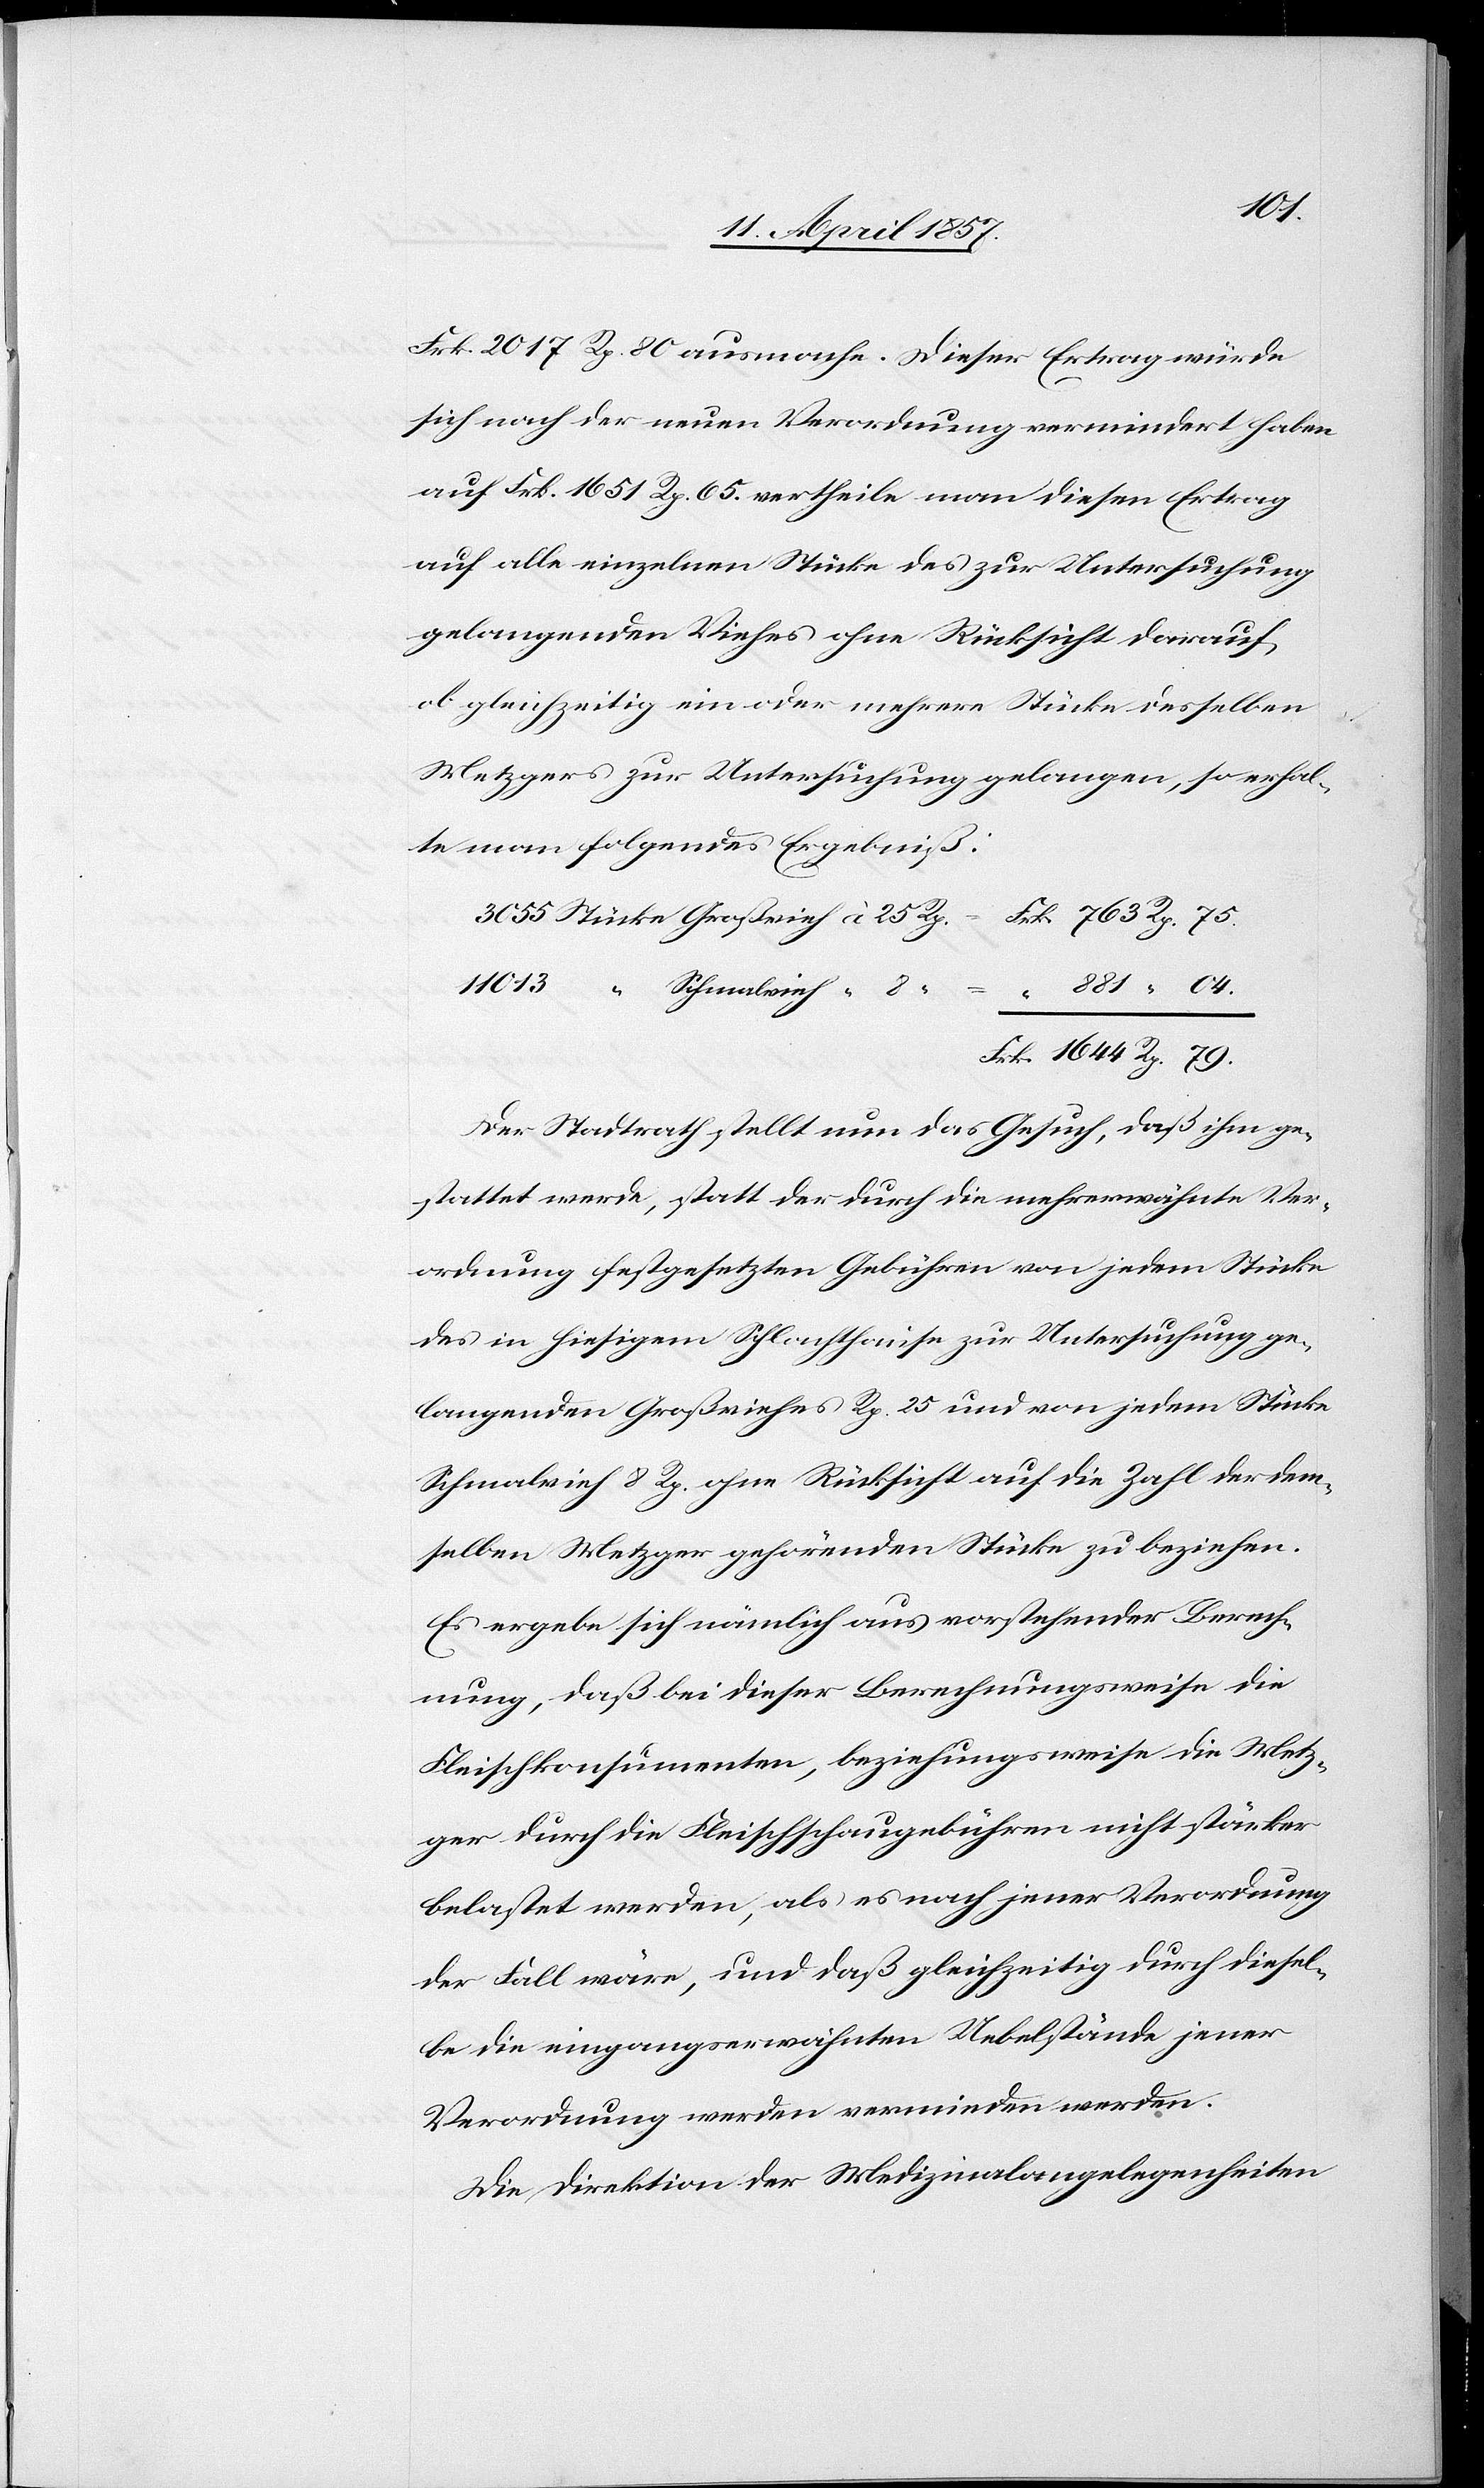
79.
Frk. 2017 Rp. 80 ausmache. Dieser Ertrag würde
sich nach der neuen Verordnung vermindert haben
auf Frk. 1651 Rp. 65. vertheile [sic!] man diesen Ertrag
auf alle einzelnen Stücke des zur Untersuchung
gelangenden Viehes ohne Rücksicht darauf,
ob gleichzeitig ein oder mehrere Stücke desselben
Metzgers zur Untersuchung gelangen, so erhal¬
te man folgendes Ergebniß:
Rp.
11 013
Der Stadtrath stellt nun das Gesuch, daß ihm ge¬
stattet werde, statt der durch die mehrerwähnte Ver¬
ordnung festgesetzten Gebühren von jedem Stücke
des in hiesigem Schlachthause zur Untersuchung ge¬
langenden Großviehes Rp. 25 und von jedem Stücke
Schmalvieh 8 Rp. ohne Rücksicht auf die Zahl der dem¬
selben Metzger gehörenden Stücke zu beziehen.
Es ergebe sich nämlich aus vorstehender Berech¬
nung, daß bei dieser Berechnungsweise die
Fleischkonsumenten, beziehungsweise die Metz¬
ger durch die Fleischschaugebühren nicht stärker
belastet werden, als es nach jener Verordnung
der Fall wäre, und daß gleichzeitig durch diesel¬
be die eingangserwähnten Uebelstände jener
Verordnung werden vermieden werden.
Die Direktion der Medizinalangelegenheiten